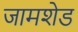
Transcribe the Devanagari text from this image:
जामशेड